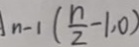
n - 1 ( \frac { n } { 2 } - 1 , 0 )